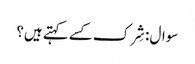
سوال : شِرک کسے کہتے ہیں؟